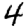
Digit: 4